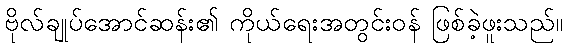
ဗိုလ်ချုပ်အောင်ဆန်း၏ ကိုယ်ရေးအတွင်းဝန် ဖြစ်ခဲ့ဖူးသည်။